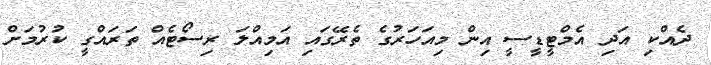
ދެއްކި އަދި އެމްޓީޑީސީ އިން މިއަހަރުގެ ތެރޭގައި އަމިއްލަ ރިސޯޓެއް ތަރައްގީ ކުރުމަށް